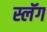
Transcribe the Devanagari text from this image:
स्लॅग